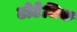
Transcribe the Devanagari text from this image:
टोटेमिक